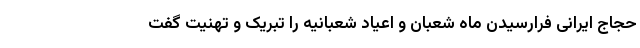
حجاج ایرانی فرارسیدن ماه شعبان و اعیاد شعبانیه را تبریک و تهنیت گفت